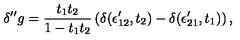
\delta ^ { \prime \prime } g = { \frac { t _ { 1 } t _ { 2 } } { 1 - t _ { 1 } t _ { 2 } } } \left( \delta ( \epsilon _ { 1 2 } ^ { \prime } , t _ { 2 } ) - \delta ( \epsilon _ { 2 1 } ^ { \prime } , t _ { 1 } ) \right) ,